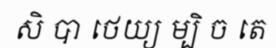
សិ បា ថេយ្យ ម្បិ ច តេ